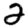
Digit: 2